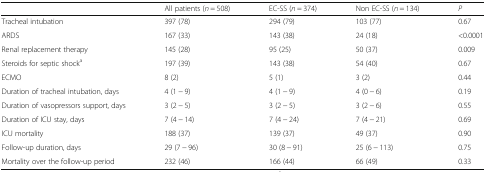
<table><thead><tr><td></td><td><b>All patients (<i>n</i> = 508)</b></td><td><b>EC-SS (<i>n</i> = 374)</b></td><td><b>Non EC-SS (<i>n</i> = 134)</b></td><td><b><i>P</i></b></td></tr></thead><tbody><tr><td>Tracheal intubation</td><td>397 (78)</td><td>294 (79)</td><td>103 (77)</td><td>0.67</td></tr><tr><td>ARDS</td><td>167 (33)</td><td>143 (38)</td><td>24 (18)</td><td>&lt;0.0001</td></tr><tr><td>Renal replacement therapy</td><td>145 (28)</td><td>95 (25)</td><td>50 (37)</td><td>0.009</td></tr><tr><td>Steroids for septic shock<sup>a</sup></td><td>197 (39)</td><td>143 (38)</td><td>54 (40)</td><td>0.67</td></tr><tr><td>ECMO</td><td>8 (2)</td><td>5 (1)</td><td>3 (2)</td><td>0.44</td></tr><tr><td>Duration of tracheal intubation, days</td><td>4 (1 − 9)</td><td>4 (1 − 9)</td><td>4 (0 − 6)</td><td>0.19</td></tr><tr><td>Duration of vasopressors support, days</td><td>3 (2 − 5)</td><td>3 (2 − 5)</td><td>3 (2 − 6)</td><td>0.55</td></tr><tr><td>Duration of ICU stay, days</td><td>7 (4 − 14)</td><td>7 (4 − 24)</td><td>7 (4 − 21)</td><td>0.69</td></tr><tr><td>ICU mortality</td><td>188 (37)</td><td>139 (37)</td><td>49 (37)</td><td>0.90</td></tr><tr><td>Follow-up duration, days</td><td>29 (7 − 96)</td><td>30 (8 − 91)</td><td>25 (6 − 113)</td><td>0.75</td></tr><tr><td>Mortality over the follow-up period</td><td>232 (46)</td><td>166 (44)</td><td>66 (49)</td><td>0.33</td></tr></tbody></table>